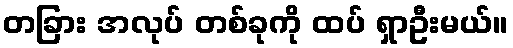
တခြား အလုပ် တစ်ခုကို ထပ် ရှာဦးမယ်။